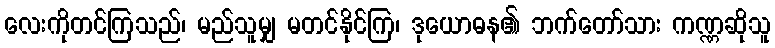
လေးကိုတင်ကြသည်၊ မည်သူမျှ မတင်နိုင်ကြ၊ ဒုယောဓန၏ ဘက်တော်သား ကဏ္ဏဆိုသူ